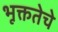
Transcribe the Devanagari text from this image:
भूक्ततेचे